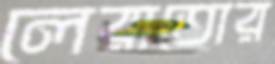
লেরাতোর